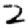
Digit: 2